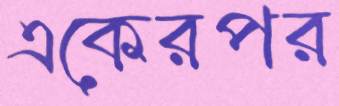
একেরপর